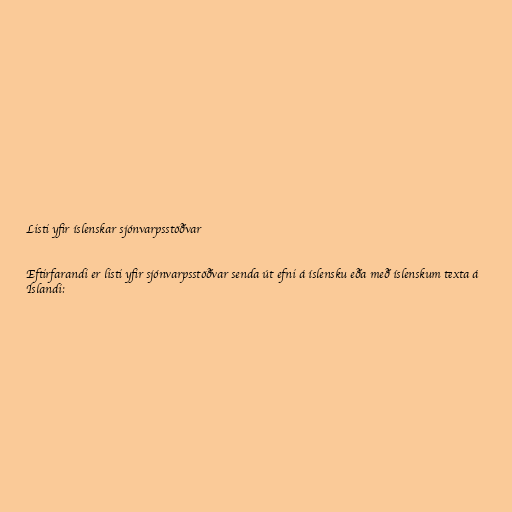
Listi yfir íslenskar sjónvarpsstöðvar

Eftirfarandi er listi yfir sjónvarpsstöðvar senda út efni á íslensku eða með íslenskum texta á
Íslandi: